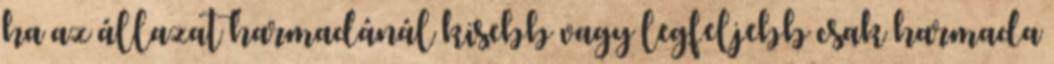
ha az állazat harmadánál kisebb vagy legfeljebb csak harmada